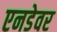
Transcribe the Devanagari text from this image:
एनडेवर